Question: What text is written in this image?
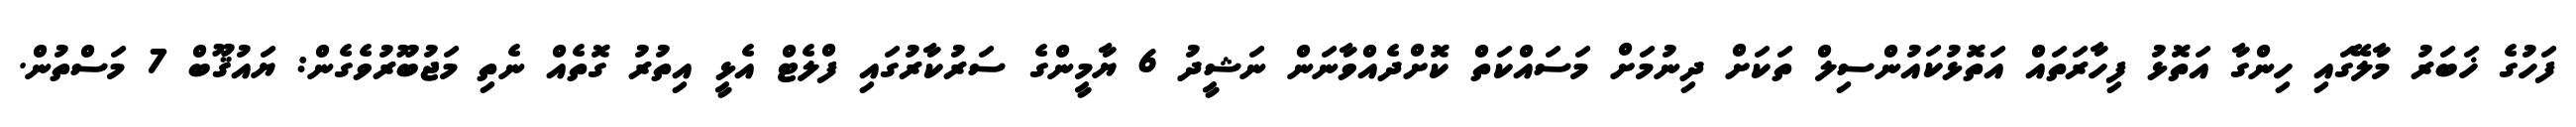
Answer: ފަހުގެ ޚަބަރު މާލޭގައި ހިންގާ އަތޮޅު ފިހާރަތައް އަތޮޅުކައުންސިލް ތަކަށް ދިނުމަށް މަސައްކަތް ކޮށްދެއްވާނަން ނަޝީދު 6 ޔާމީންގެ ސަރުކާރުގައި ފްލެޓް އެޅީ އިތުރު ގޮތެއް ނެތި މަޖުބޫރުވެގެން: ޔައުޤޫބް 7 މަސްތުން.